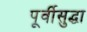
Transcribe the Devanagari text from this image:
पूर्वीसुद्धा